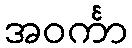
အဝင်္ကာ